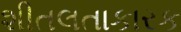
શીતલતાકારક